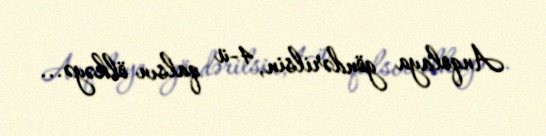
Anqolaya göndərilsin, 4-ü qalsın ölkəyə...